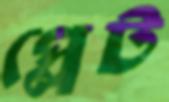
প্লেট